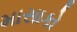
માસાકો